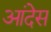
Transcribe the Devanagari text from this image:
आंदेस